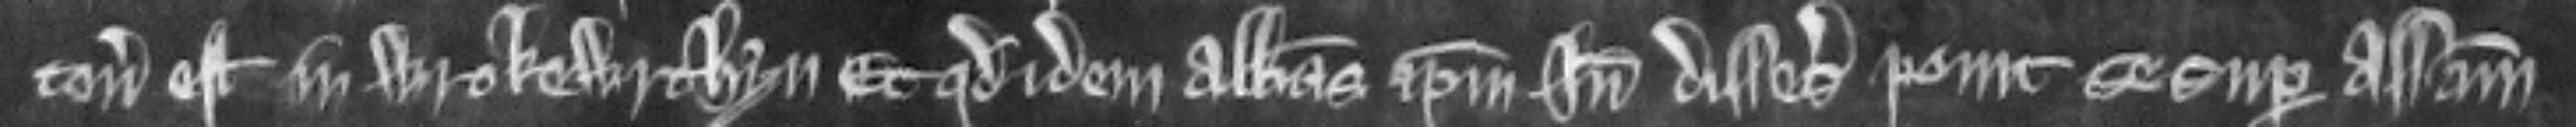
tenementum est in Wrokewrthyn et quod idem Abbas ipsum inde disseisivit ponit se super assisam.